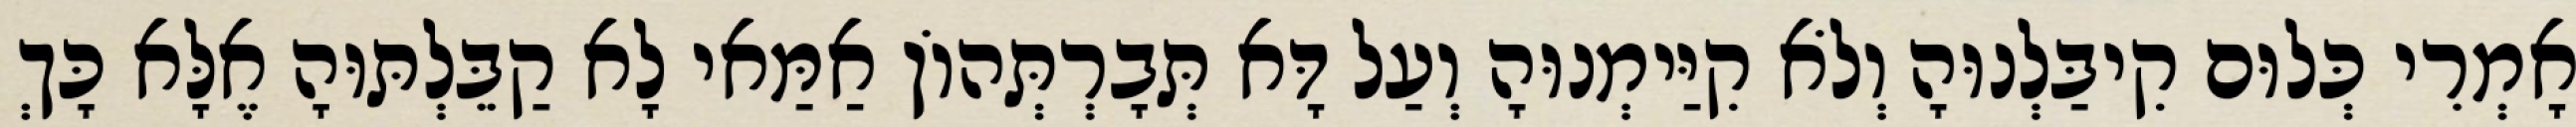
אָמְרִי כְּלוּם קִיבַּלְנוּהָ וְלֹא קִיַּימְנוּהָ וְעַל דָּא תְּבָרְתְּהוֹן אַמַּאי לָא קַבֵּלְתּוּהָ אֶלָּא כָּךְ